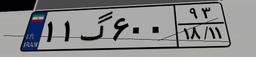
۱۱گ۶۰۰۹۳